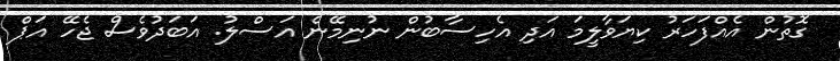
ގޮތުން އެއްފަހަރު ކިޔަވާލީމަ އަދި އެހިސާބުން ނުނިމޭނެ އަސްލު. އަބަދުވެސް ޖެހޭ އަޕް